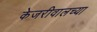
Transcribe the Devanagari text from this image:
केजरीवालच्या